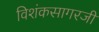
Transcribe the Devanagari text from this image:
विशंकसागरजी